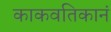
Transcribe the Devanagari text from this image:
काकवतिकानं